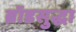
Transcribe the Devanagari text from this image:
ब्रॉडसुद्धा